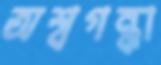
অশ্বগন্ধা